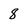
Character: 8